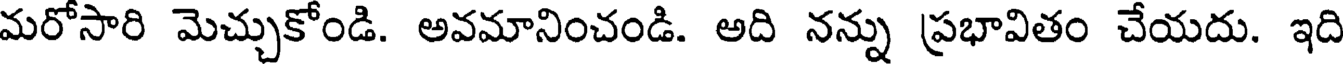
మరోసారి మెచ్చుకోండి. అవమానించండి. అది నన్ను ప్రభావితం చేయదు. ఇది